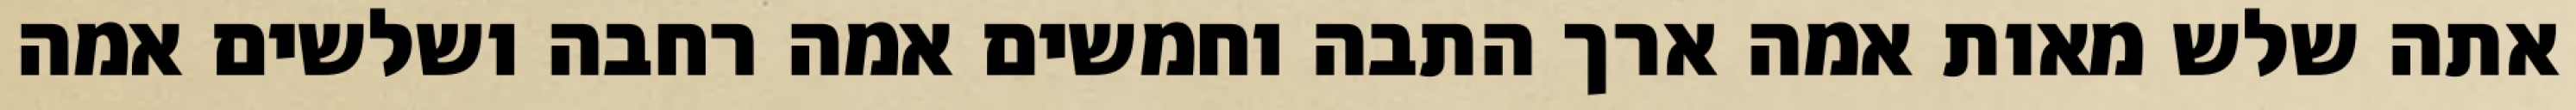
אתה שלש מאות אמה ארך התבה וחמשים אמה רחבה ושלשים אמה